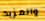
والمزيد